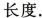
长度.